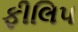
ફીલિપ